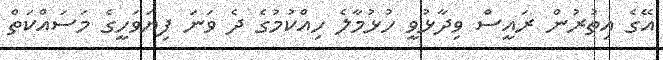
އޭގެ އިތުރުން ރައީސް ވިދާޅުވީ ހުޅުމާލެ ހިއްކުމުގެ ދެ ވަނަ ފިޔަވަހީގެ މަސައްކަތް